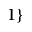
1 \}